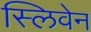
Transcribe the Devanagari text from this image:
स्लिवेन